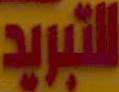
التبريد